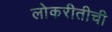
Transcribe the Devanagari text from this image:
लोकरीतीची